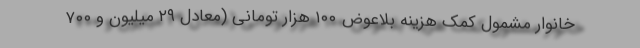
خانوار مشمول کمک هزینه بلاعوض ۱۰۰ هزار تومانی (معادل ۲۹ میلیون و ۷۰۰